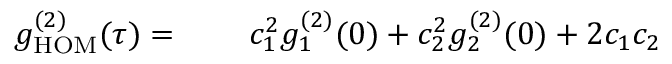
\begin{array} { r l r } { g _ { \mathrm { H O M } } ^ { ( 2 ) } ( \tau ) = } & { { } } & { \ c _ { 1 } ^ { 2 } g _ { 1 } ^ { ( 2 ) } ( 0 ) + c _ { 2 } ^ { 2 } g _ { 2 } ^ { ( 2 ) } ( 0 ) + 2 c _ { 1 } c _ { 2 } } \end{array}